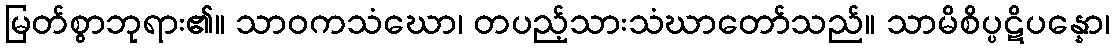
မြတ်စွာဘုရား၏။ သာဝကသံဃော၊ တပည့်သားသံဃာတော်သည်။ သာမိစိပ္ပဋိပန္နော၊